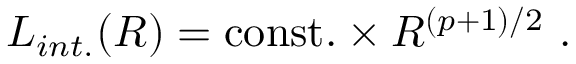
L _ { i n t . } ( R ) = \mathrm { c o n s t . } \times R ^ { ( p + 1 ) / 2 } \ .